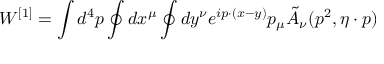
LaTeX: W ^ { [ 1 ] } = \int d ^ { 4 } p \oint d x ^ { \mu } \oint d y ^ { \nu } e ^ { i p \cdot ( x - y ) } p _ { \mu } \tilde { A } _ { \nu } ( p ^ { 2 } , \eta \cdot p )